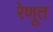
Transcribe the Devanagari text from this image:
रेणूत